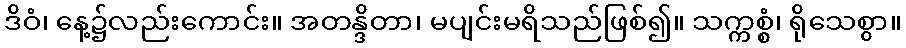
ဒိဝံ၊ နေ့၌လည်းကောင်း။ အတန္ဒိတာ၊ မပျင်းမရိသည်ဖြစ်၍။ သက္ကစ္စံ၊ ရိုသေစွာ။